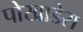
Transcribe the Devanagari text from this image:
पोखाडेरा